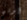
أوني